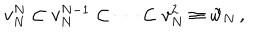
v _ { N } ^ { N } \subset v _ { N } ^ { N - 1 } \subset \cdots \subset v _ { N } ^ { 2 } \equiv { \tilde { w } } _ { N } \, ,